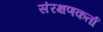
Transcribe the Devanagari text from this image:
संरक्षणकर्ता